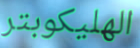
الهليكوبتر